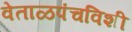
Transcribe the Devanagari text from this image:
वेताळपंचविशी